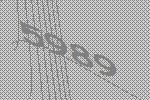
5989